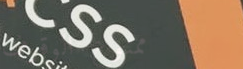
ممنوع الوقوف